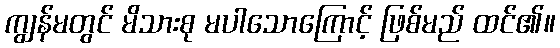
ကျွန်မတွင် မိသားစု မပါသောကြောင့် ဖြစ်မည် ထင်၏။